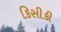
કિસીકી